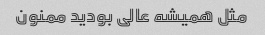
مثل همیشه عالی بودید ممنون